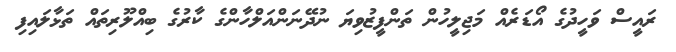
ރައީސް ވަހީދުގެ އޯޑަރެއް މަޖިލީހުން ތަންފީޒުވިޔަ ނުދޭނަންއަލްހާންގެ ކާރުގެ ބިއްލޫރިތައް ތަޅާލައިފި